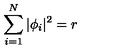
\sum _ { i = 1 } ^ { N } | \phi _ { i } | ^ { 2 } = r